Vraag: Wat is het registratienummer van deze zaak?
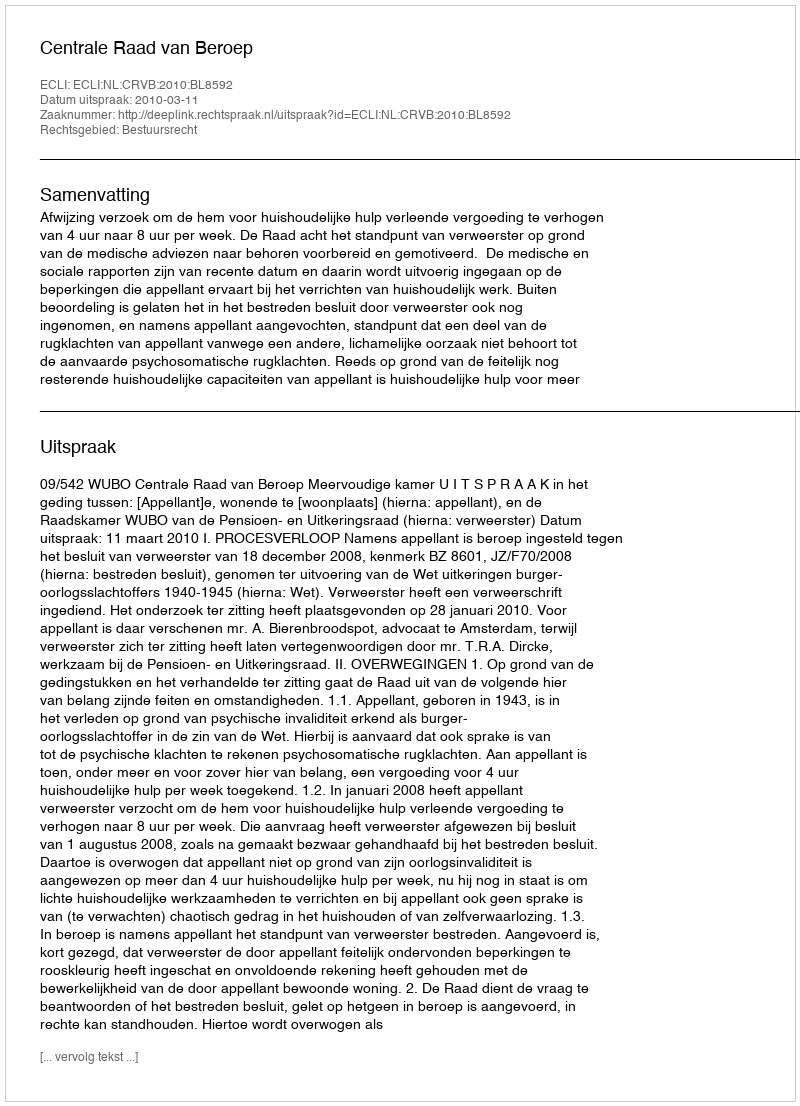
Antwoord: http://deeplink.rechtspraak.nl/uitspraak?id=ECLI:NL:CRVB:2010:BL8592